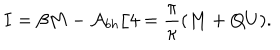
I = \beta M - { \cal A } _ { b h } / 4 = \frac { \pi } { \kappa } ( M + Q U ) .